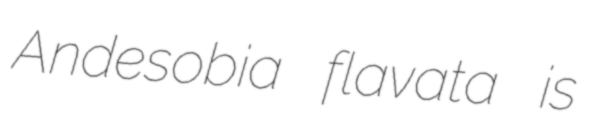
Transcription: Andesobia flavata is